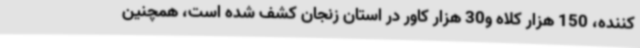
‌کننده، 150 هزار کلاه و30 هزار کاور در استان زنجان کشف شده است، همچنین